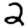
Digit: 2